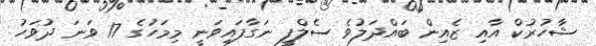
ޝާހުރުކް އާއި ޒެއިން ބައްދަލުވެ ސެލްފީ ނަގާފައިވަނީ މިމަހުގެ 17 ވަނަ ދުވަހު